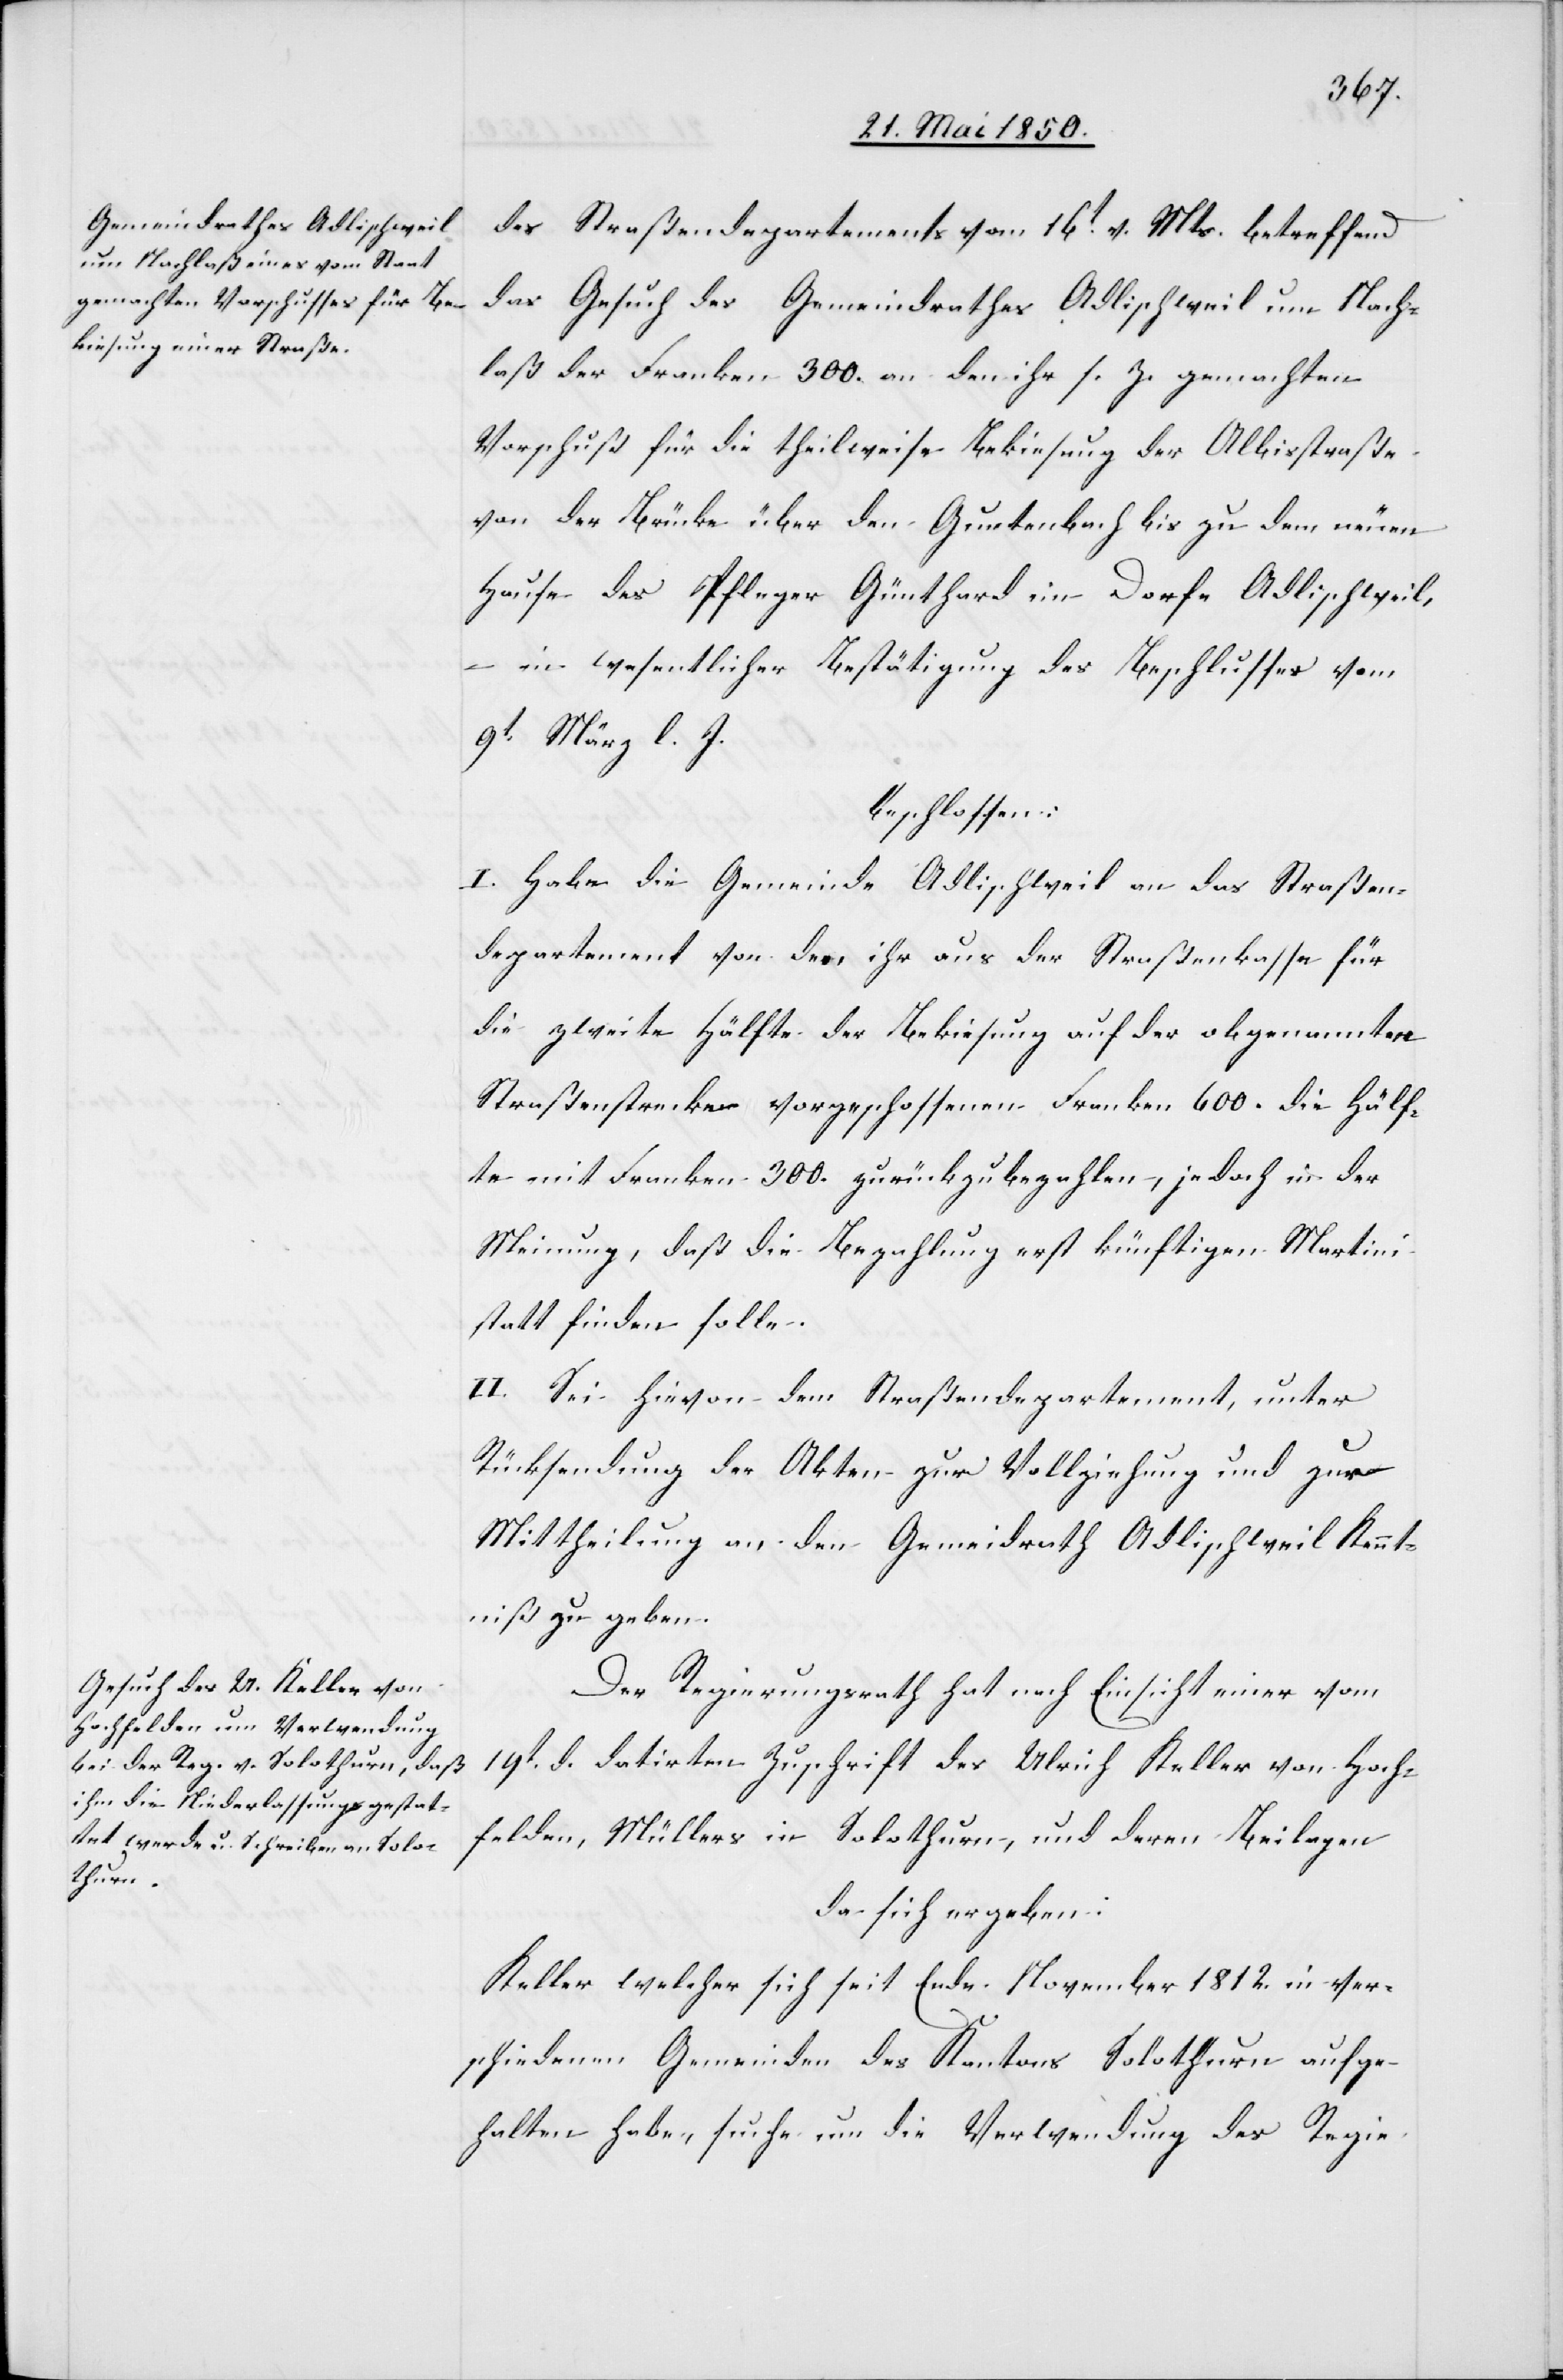
des Straßendepartements vom 16t v. Mts. betreffend
das Gesuch des Gemeindrathes Adlischweil um Nach¬
laß der Franken 300. an den ihr s. Z. gemachten
Vorschuß für die theilweise Bekiesung der Albisstraße
von der Brücke über den Guntenbach bis zu dem neuen
Hause des Pfleger Günthard im Dorfe Adlischweil,
– in wesentlicher Bestätigung des Beschlusses vom
9t März l. J.
beschlossen:
I. Habe die Gemeinde Adlischweil an das Straßen¬
departement von den ihr aus der Straßenkasse für
die zweite Hälfte der Bekiesung auf der obgenannten
Straßenstrecke vorgeschossenen Franken 600. die Hälf¬
te mit Franken 300. zurückzubezahlen, jedoch in der
Meinung, daß die Bezahlung erst künftigen Martini
statt finden solle.
II. Sei hievon dem Straßendepartement, unter
Rücksendung der Akten zur Vollziehung und zur
Mittheilung an den Gemeindrath Adlischweil Kennt¬
niß zu geben.
Der Regierungsrath hat nach Einsicht einer vom
19t d. datirten Zuschrift des Ulrich Keller von Hoch¬
felden, Müllers in Solothurn, und derer Beilagen
da sich ergeben;
Keller welcher sich seit Ende November 1812. in ver¬
schiedenen Gemeinden des Kantons Solothurn aufge¬
halten habe, suche um die Verwendung des Regie-